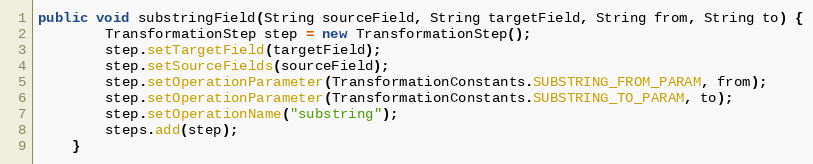
Language: Java
public void substringField(String sourceField, String targetField, String from, String to) {
        TransformationStep step = new TransformationStep();
        step.setTargetField(targetField);
        step.setSourceFields(sourceField);
        step.setOperationParameter(TransformationConstants.SUBSTRING_FROM_PARAM, from);
        step.setOperationParameter(TransformationConstants.SUBSTRING_TO_PARAM, to);
        step.setOperationName("substring");
        steps.add(step);
    }